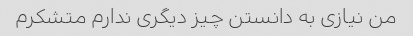
من نیازی به دانستن چیز دیگری ندارم متشکرم